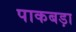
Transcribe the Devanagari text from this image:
पाकबड़ा